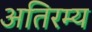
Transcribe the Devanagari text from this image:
अतिरम्य